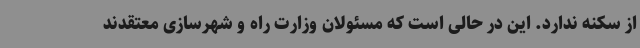
از سکنه ندارد. این در حالی است که مسئولان وزارت راه و شهرسازی معتقدند